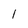
Character: 1